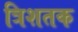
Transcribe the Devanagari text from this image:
त्रिशतक